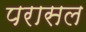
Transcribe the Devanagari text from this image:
परासल